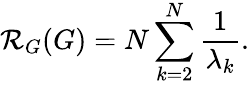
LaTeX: \mathcal{R}_{G}(G)=N\sum_{k=2}^{N}\frac{{1}}{{\lambda_{k}}}.